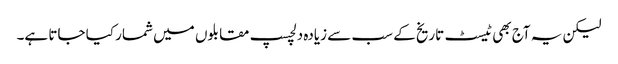
لیکن یہ آج بھی ٹیسٹ تاریخ کے سب سے زیادہ دلچسپ مقابلوں میں شمار کیا جاتا ہے۔